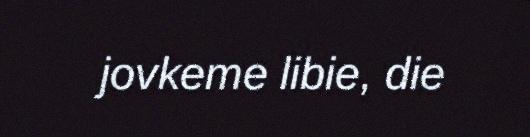
jovkeme libie, die